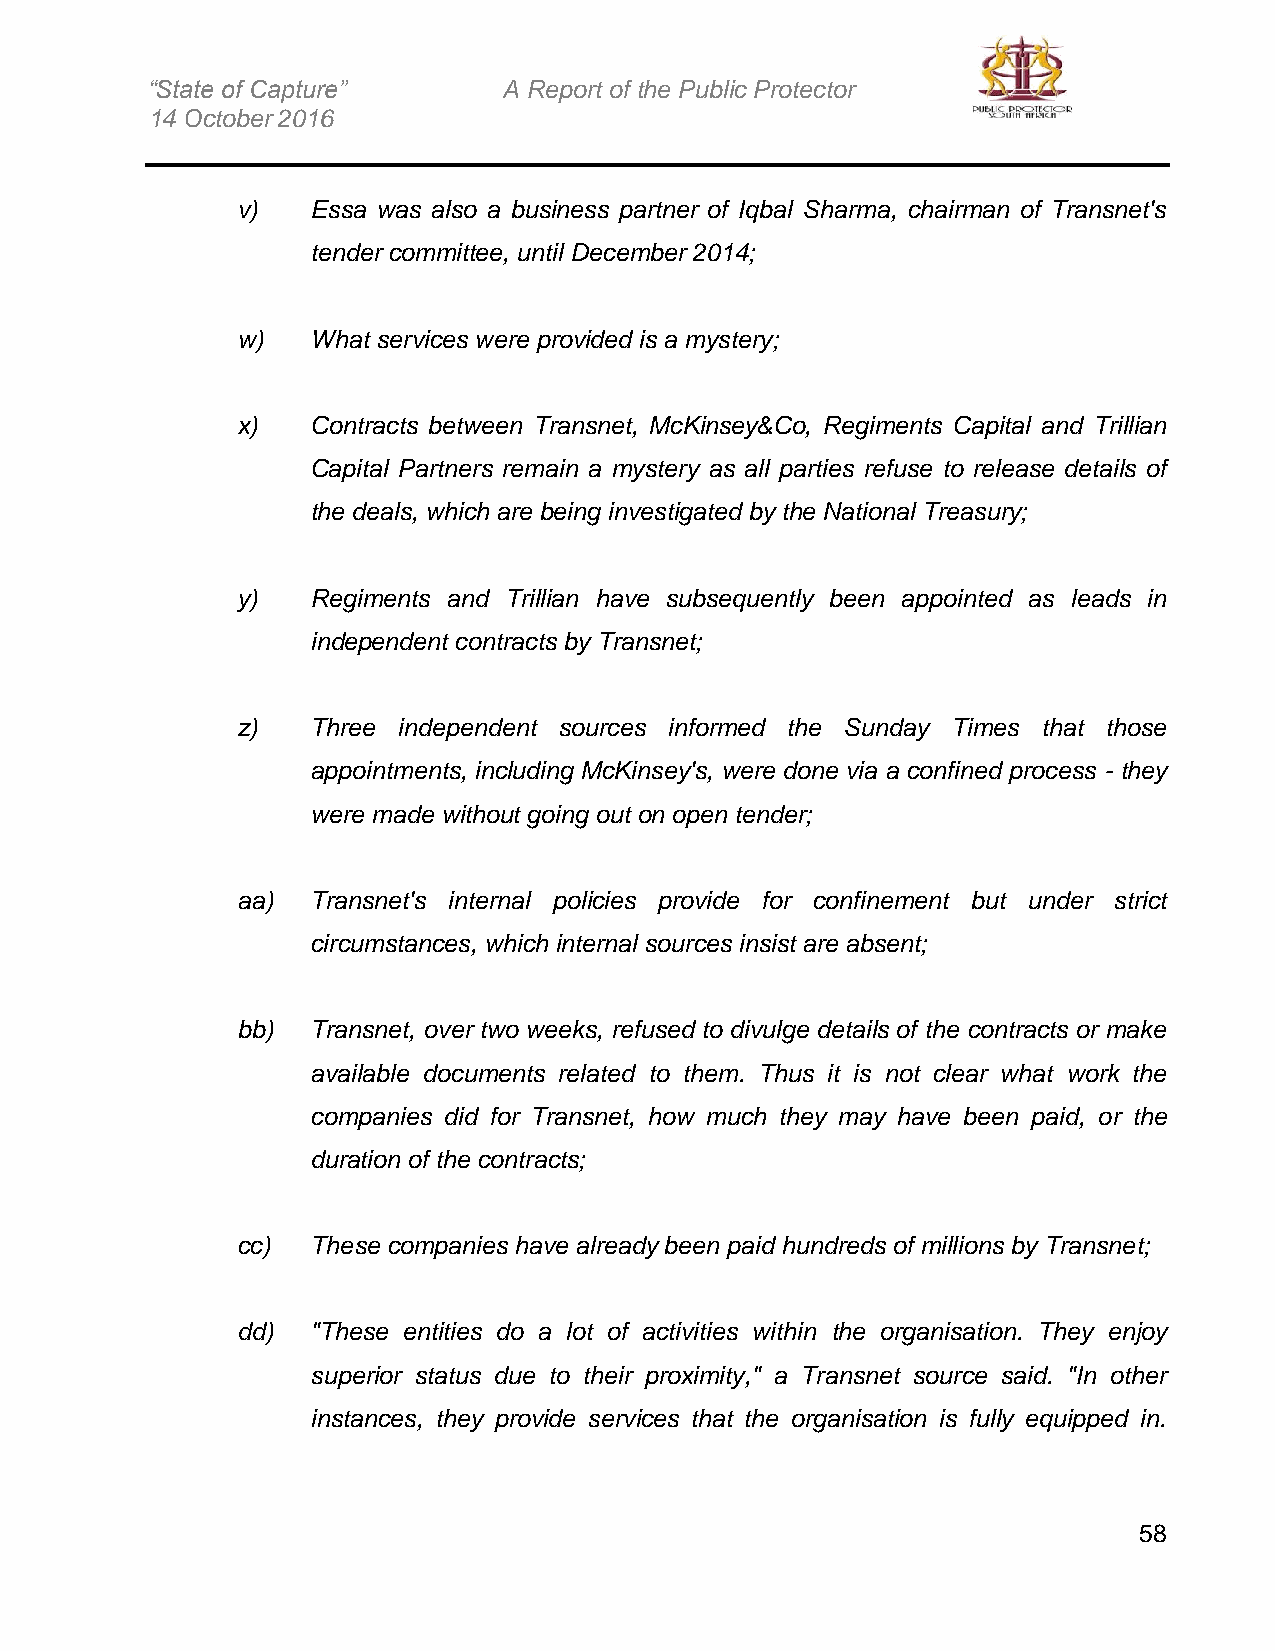
“State of Capture”     A Report of the Public Protector
 14 October 2016
 v)   Essa was also a business partner of Iqbal Sharma, chairman of Transnet's
 tender committee, until December 2014;
 w)   What services were provided is a mystery;
 x)   Contracts between Transnet, McKinsey&Co, Regiments Capital and Trillian
 Capital Partners remain a mystery as all parties refuse to release details of
 the deals, which are being investigated by the National Treasury;
 y)   Regiments and Trillian have subsequently been appointed as leads in
 independent contracts by Transnet;
 z)   Three independent sources informed the Sunday Times that those
 appointments, including McKinsey's, were done via a confined process - they
 were made without going out on open tender;
 aa)  Transnet's internal policies provide for confinement but under strict
 circumstances, which internal sources insist are absent;
 bb)  Transnet, over two weeks, refused to divulge details of the contracts or make
 available documents related to them. Thus it is not clear what work the
 companies did for Transnet, how much they may have been paid, or the
 duration of the contracts;
 cc)  These companies have already been paid hundreds of millions by Transnet;
 dd)  "These entities do a lot of activities within the organisation. They enjoy
 superior status due to their proximity," a Transnet source said. "In other
 instances, they provide services that the organisation is fully equipped in.
 58